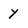
Character: y